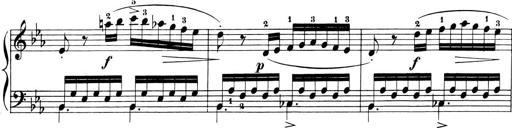
Title: 6 Piano Sonatinas
Composer: Cornelius Gurlitt